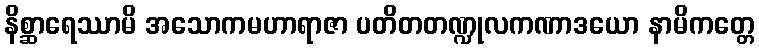
နိစ္ဆာရေဿာမိ အသောကမဟာရာဇာ ပတိတတဏ္ဍုလကဏာဒယော နာမိကတ္တေ